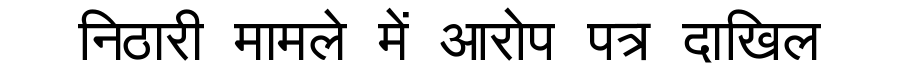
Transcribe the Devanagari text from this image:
निठारी मामले में आरोप पत्र दाखिल